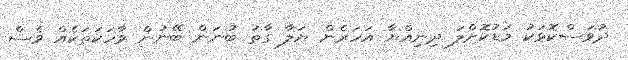
ދުވަސްކޮޅަކު މަޑުކޮށްލަ ދިނިއްޔާ އަހަރެން ޔަލާ ގާތު ބުނަން ބޭނުން ވާހަކަތަކެއް ވެސް